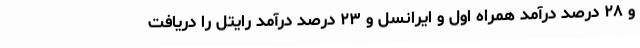
و ۲۸ درصد درآمد همراه اول و ایرانسل و ۲۳ درصد درآمد رایتل را دریافت